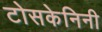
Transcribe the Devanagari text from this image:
टोसकेनिनी